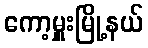
ကော့မှူးမြို့နယ်